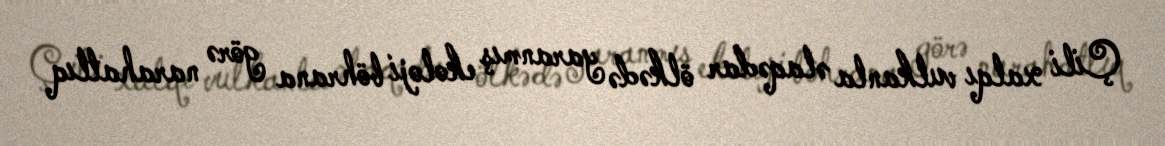
Çili xalqı vulkanla əlaqədar ölkədə yaranmış ekoloji böhrana görə narahatlıq